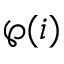
\wp ( i )